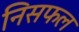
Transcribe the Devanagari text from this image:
निसफल